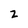
Character: z